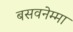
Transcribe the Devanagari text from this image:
बसवनेम्मा